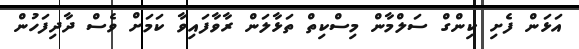
އަޅަން ފެށި ކިންގް ސަލްމާން މިސްކިތް ތަޅާލަން ރާވާފައިވާ ކަމަށް ވެސް ދާދިފަހުން